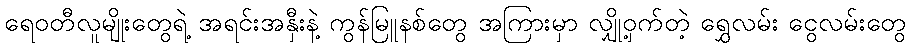
ရေဝတီလူမျိုးတွေရဲ့ အရင်းအနှီးနဲ့ ကွန်မြူနစ်တွေ အကြားမှာ လျှို့ဝှက်တဲ့ ရွှေလမ်း ငွေလမ်းတွေ